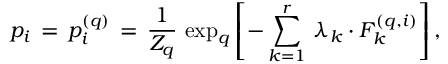
p _ { i } \, = \, p _ { i } ^ { ( q ) } \, = \, \frac { 1 } { Z _ { q } } \, \exp _ { q } \left[ - \sum _ { k = 1 } ^ { r } \, \lambda _ { k } \cdot F _ { k } ^ { ( q , i ) } \right] ,